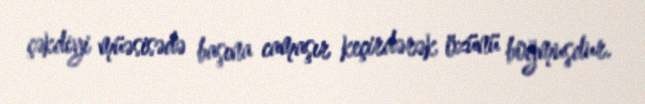
çəkdiyi müəsisədə başına camaşır keçirdərək özünü boğmuşdur.